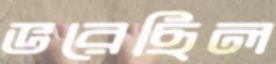
ভরেছিল